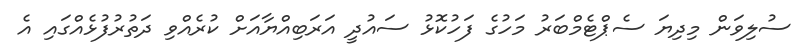
ސުލިވަން މިދިޔަ ސެޕްޓެމްބަރު މަހުގެ ފަހުކޮޅު ސައުދީ އަރަބިއްޔާއަށް ކުރެއްވި ދަތުރުފުޅެއްގައި އެ